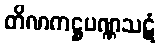
တိဏကဋ္ဌပဏ္ဏသဋံ